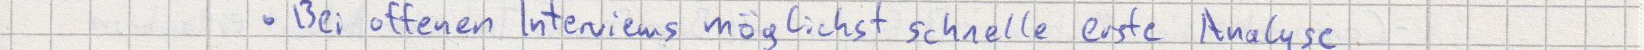
Bei offenen Interviews möglichst schnelle erste Analyse